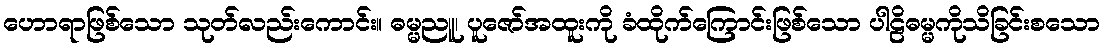
ဟောရာဖြစ်သော သုတ်လည်းကောင်း။ ဓမ္မညူ၊ ပူဇော်အထူးကို ခံထိုက်ကြောင်းဖြစ်သော ပါဠိဓမ္မကိုသိခြင်းစသော